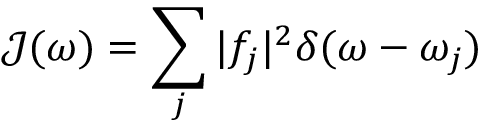
\mathcal { J } ( \omega ) = \sum _ { j } \vert f _ { j } \vert ^ { 2 } \delta ( \omega - \omega _ { j } )